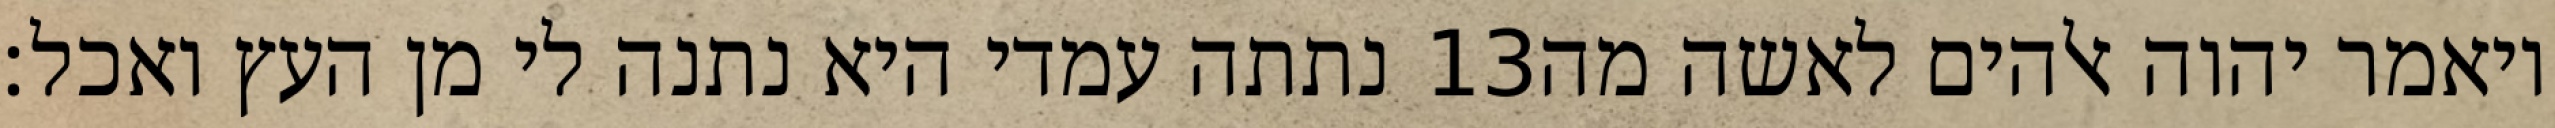
נתתה עמדי היא נתנה לי מן העץ ואכל׃ ‎13‏ ויאמר יהוה אלהים לאשה מה